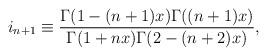
LaTeX: \begin{align*}i_{n+1}\equiv \frac{\Gamma(1-(n+1)x)\Gamma((n+1)x)} {\Gamma(1+nx)\Gamma(2-(n+2)x)},\end{align*}